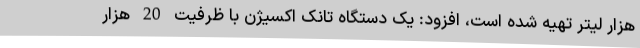
هزار لیتر تهیه شده است، افزود: یک دستگاه تانک اکسیژن با ظرفیت 20 هزار